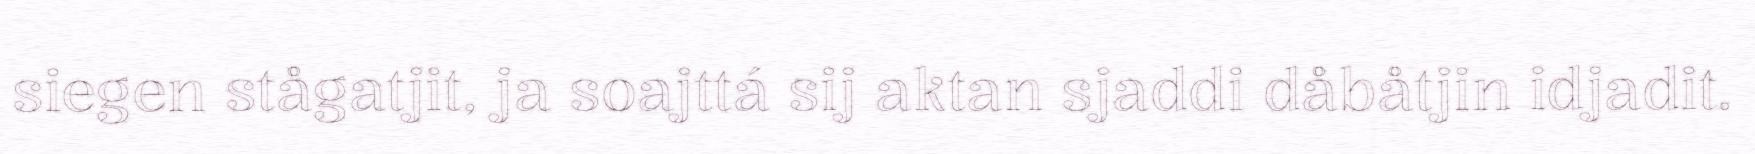
siegen stågatjit, ja soajttá sij aktan sjaddi dåbåtjin idjadit.